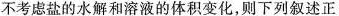
不考虑盐的水解和溶液的体积变化，则下列叙述正